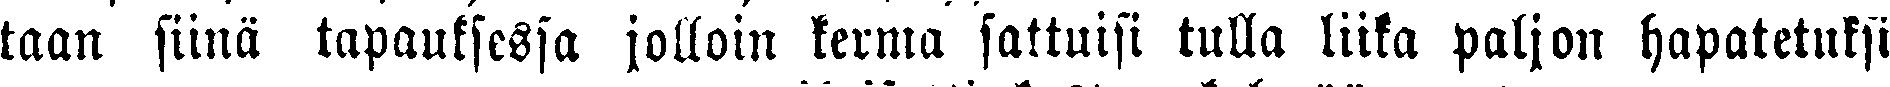
taan siinä tapauksessa jolloin kerma sattuisi tulla luka paljon hapatetuksi